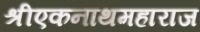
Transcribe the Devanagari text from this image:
श्रीएकनाथमहाराज